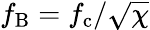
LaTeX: f_{\mathrm{B}}=f_{\mathrm{c}}/\sqrt{\chi}